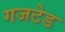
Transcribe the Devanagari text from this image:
गजटेड